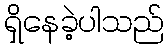
ရှိနေခဲ့ပါသည်